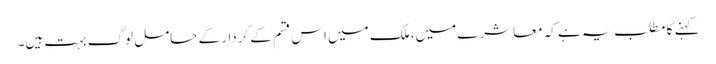
کہنے کا مطلب یہ ہے کہ معاشرے میں، ملک میں اس قسم کے کردار کے حامل لوگ بہت ہیں۔